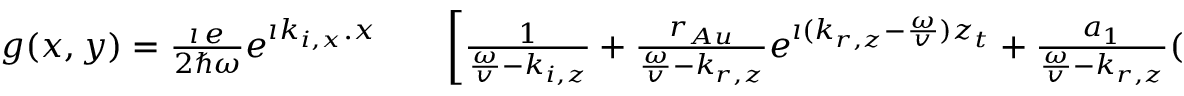
\begin{array} { r l r } { g ( x , y ) = \frac { \imath \, e } { 2 \hbar \omega } e ^ { \imath k _ { i , x } . x } } & { { } } & { \left[ \frac { 1 } { \frac { \omega } { v } - k _ { i , z } } + \frac { r _ { A u } } { \frac { \omega } { v } - k _ { r , z } } e ^ { \imath ( k _ { r , z } - \frac { \omega } { v } ) z _ { t } } + \frac { a _ { 1 } } { \frac { \omega } { v } - k _ { r , z } } ( 1 - e ^ { \imath ( k _ { r , z } - \frac { \omega } { v } ) z _ { t } } ) \right. } \end{array}